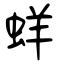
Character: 蛘